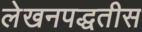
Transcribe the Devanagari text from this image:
लेखनपद्धतीस